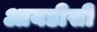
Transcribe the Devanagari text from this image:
आयडीसी